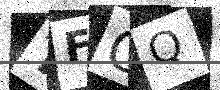
Text: TFCQ